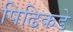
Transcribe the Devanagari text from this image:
पिढिकडे